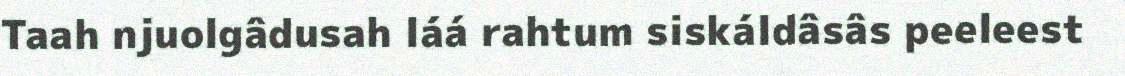
Taah njuolgâdusah láá rahtum siskáldâsâs peeleest